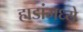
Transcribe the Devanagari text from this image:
हाडांमध्ये